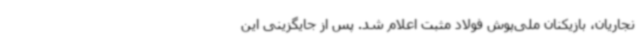
نجاریان، بازیکنان ملی‌پوش فولاد مثبت اعلام شد. پس از جایگزینی این